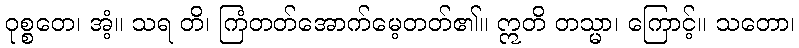
ဝုစ္စတေ၊ အံ့။ သရ တိ၊ ကြံတတ်အောက်မေ့တတ်၏။ ဣတိ တသ္မာ၊ ကြောင့်။ သတော၊